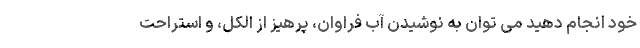
خود انجام دهید می توان به نوشیدن آب فراوان، پرهیز از الکل، و استراحت